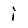
Character: i